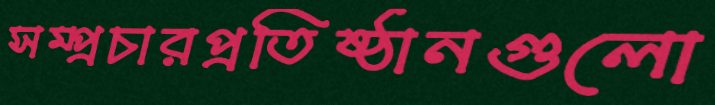
সম্প্রচারপ্রতিষ্ঠানগুলো